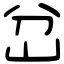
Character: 岔